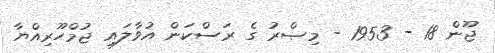
ޖޫން 18 - 1953 - މިޞްރު ގެ ރަސްކަން އުވާލައި ޖުމްހޫރިއްޔާ